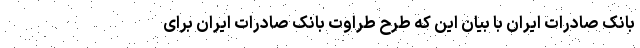
بانک صادرات ایران با بیان این که طرح طراوت بانک صادرات ایران برای